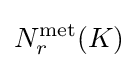
N_{r}^{\text{met}}(K)